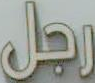
رجل